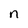
Character: n